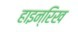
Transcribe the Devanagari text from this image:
हाइन्रिख